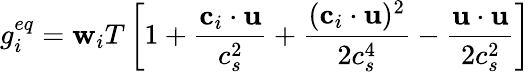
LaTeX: g_{i}^{eq}=\mathbf{w}_{i}T\left[1+\frac{{\textbf{{c}}_{i}\cdot\textbf{{u}}}}{{c_{s}^{2}}}+\frac{{(\textbf{{c}}_{i}\cdot\textbf{{u}})^{2}}}{{2c_{s}^{4}}}-\frac{{\textbf{{u}}\cdot\textbf{{u}}}}{{2c_{s}^{2}}}\right]